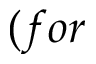
( f o r